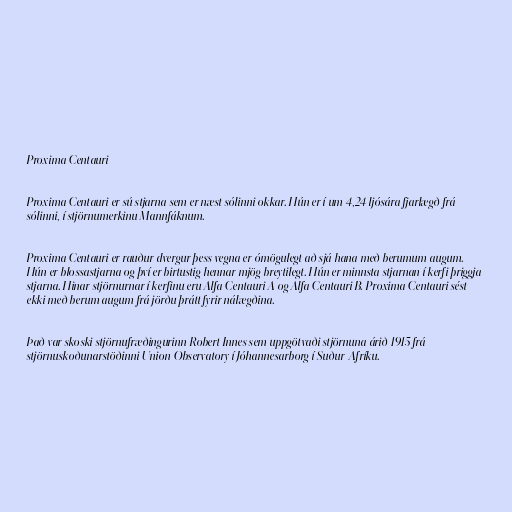
Proxima Centauri

Proxima Centauri er sú stjarna sem er næst sólinni okkar. Hún er í um 4,24 ljósára fjarlægð frá
sólinni, í stjörnumerkinu Mannfáknum.

Proxima Centauri er rauður dvergur þess vegna er ómögulegt að sjá hana með berumum augum.
Hún er blossastjarna og því er birtustig hennar mjög breytilegt. Hún er minnsta stjarnan í kerfi þriggja
stjarna. Hinar stjörnurnar í kerfinu eru Alfa Centauri A og Alfa Centauri B. Proxima Centauri sést
ekki með berum augum frá jörðu þrátt fyrir nálægðina.

Það var skoski stjörnufræðingurinn Robert Innes sem uppgötvaði stjörnuna árið 1915 frá
stjörnuskoðunarstöðinni Union Observatory í Jóhannesarborg í Suður-Afríku.